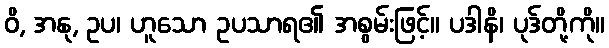
ဝိ, အနု, ဥပ၊ ဟူသော ဥပသာရ၏ အစွမ်းဖြင့်။ ပဒါနိ၊ ပုဒ်တို့ကို။